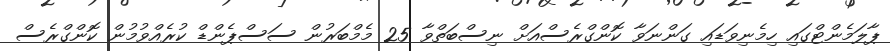
ޕާލަމެންޓްގައި ހިމެނިވަޑައި ގަންނަވާ ކޮންގްރެސްއަށް ނިސްބަތްވާ 25 މެމްބަރުން ސަސްޕެންޑް ކުރެއްވުމުން ކޮންގްރެސް